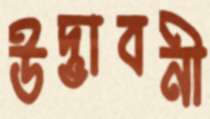
উদ্ভাবনী